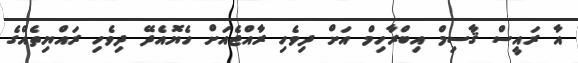
އާ ރައީސް ޤާސިމް އިބްރާހިމް އަށް ދިވެހި ރާއްޖެއަށް ހެޔޮއެދޭ ދިވެހި ރައްޔިތެއްގެ